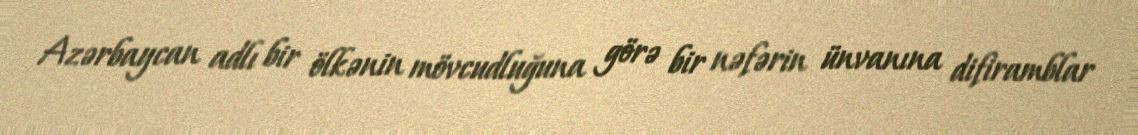
Azərbaycan adlı bir ölkənin mövcudluğuna görə bir nəfərin ünvanına difiramblar